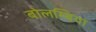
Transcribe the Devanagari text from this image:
बोलम्बिया